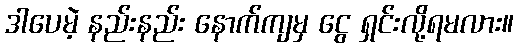
ဒါပေမဲ့ နည်းနည်း နောက်ကျမှ ငွေ ရှင်းလို့ရမလား။